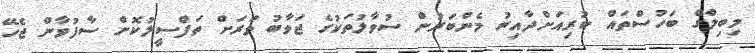
މިބިލްގެ ބަހުސްތައް ކުރިއަށްދާއިރު މެންބަރުން ސުވާލުތަކުގެ ޖަވާބު ވަރަށް ތަފްސީލުކޮށް ސާފުވާން ޖެހޭ